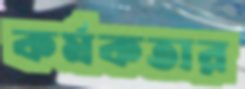
কর্মকতার